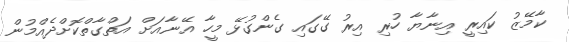
ކާމޭޒު ކައިރީ އިނާޔާ ހުރި އިރު ގޭގައި ގެންގުޅޭ މީހާ އޭނާއަށް އަތްގާތްކޮށްދެއްމުން